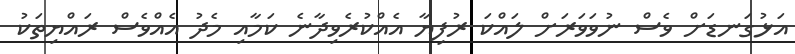
އަޅުގަނޑަށް ވެސް ނުވަވަރަށް ލައްކަ ރުފިޔާ އެއްކުރެވިދާނެ ކަމާއި މެދު އެއްވެސް ރައްޔިތަކު